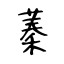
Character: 蓁